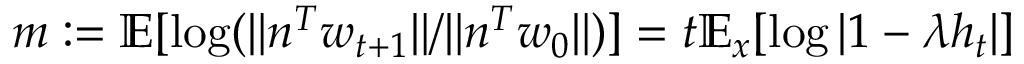
m : = \mathbb { E } [ \log ( \| n ^ { T } w _ { t + 1 } \| / \| n ^ { T } w _ { 0 } \| ) ] = t \mathbb { E } _ { x } [ \log | 1 - \lambda h _ { t } | ]